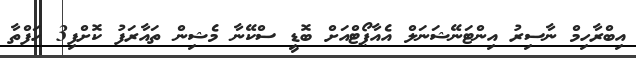
އިބްރާހިމް ނާސިރު އިންޓަނޭޝަނަލް އެއާޕޯޓްއަށް ބޮޑީ ސްކޭނާ މެޝިން ތައާރަފު ކޮށްފި3 ހަފްތާ